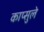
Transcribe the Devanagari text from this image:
काप्सुले